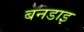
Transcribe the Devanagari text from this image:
बनडाइ